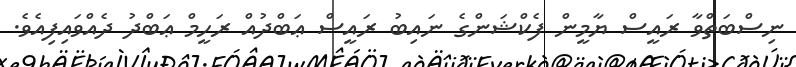
ނިސްބަތްވާ ރައީސް ޔާމީން ފެކްޝަންގެ ނައިބު ރައީސް ޢަބްދުއް ރަހީމް ޢަބްދު ދެއްވައިފިއެވެ.